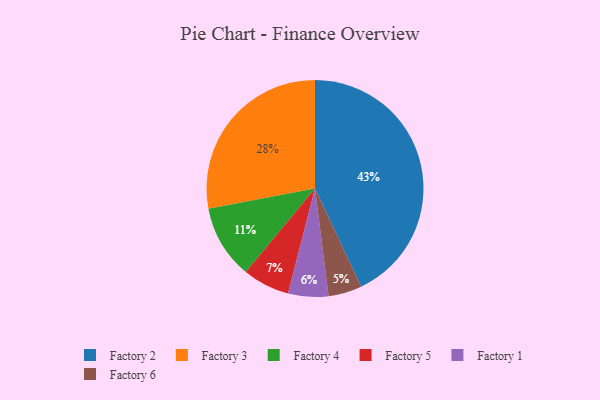
{"axis": {"x": "Category", "y": "Percentage"}, "legend": ["Factory 1", "Factory 2", "Factory 3", "Factory 4", "Factory 5", "Factory 6"], "data": [{"x": "Factory 4", "y": 11, "type": "Factory 4"}, {"x": "Factory 2", "y": 43, "type": "Factory 2"}, {"x": "Factory 1", "y": 6, "type": "Factory 1"}, {"x": "Factory 3", "y": 28, "type": "Factory 3"}, {"x": "Factory 6", "y": 5, "type": "Factory 6"}, {"x": "Factory 5", "y": 7, "type": "Factory 5"}]}